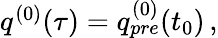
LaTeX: \begin{array}{r}{q^{(0)}(\tau)=q_{pre}^{(0)}(t_{0})\, ,}\end{array}